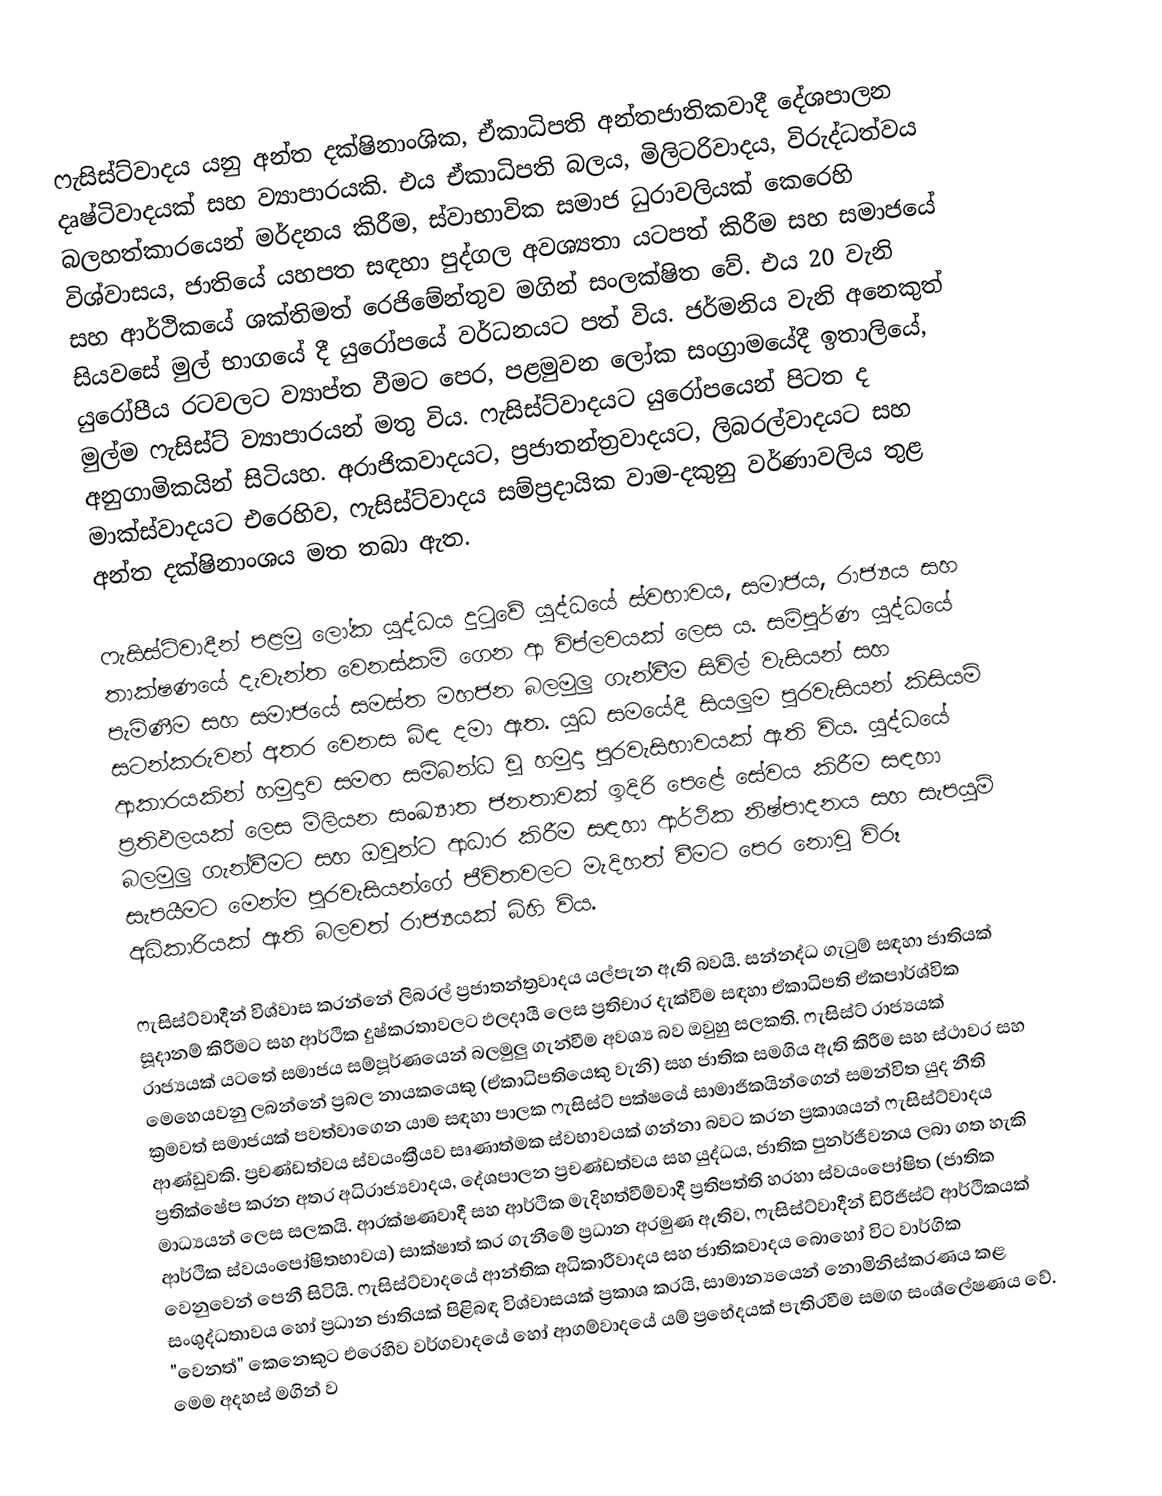
ෆැසිස්ට්වාදය යනු අන්ත දක්ෂිනාංශික, ඒකාධිපති අන්තජාතිකවාදී දේශපාලන දෘෂ්ටිවාදයක් සහ ව්‍යාපාරයකි. එය ඒකාධිපති බලය, මිලිටරිවාදය, විරුද්ධත්වය බලහත්කාරයෙන් මර්දනය කිරීම, ස්වාභාවික සමාජ ධුරාවලියක් කෙරෙහි විශ්වාසය, ජාතියේ යහපත සඳහා පුද්ගල අවශ්‍යතා යටපත් කිරීම සහ සමාජයේ සහ ආර්ථිකයේ ශක්තිමත් රෙජිමේන්තුව මගින් සංලක්ෂිත වේ. එය 20 වැනි සියවසේ මුල් භාගයේ දී  යුරෝපයේ වර්ධනයට පත් විය. ජර්මනිය වැනි අනෙකුත් යුරෝපීය රටවලට ව්‍යාප්ත වීමට පෙර, පළමුවන ලෝක සංග්‍රාමයේදී ඉතාලියේ, මුල්ම ෆැසිස්ට් ව්‍යාපාරයන් මතු විය. ෆැසිස්ට්වාදයට යුරෝපයෙන් පිටත ද අනුගාමිකයින් සිටියහ. අරාජිකවාදයට, ප්‍රජාතන්ත්‍රවාදයට, ලිබරල්වාදයට සහ මාක්ස්වාදයට එරෙහිව, ෆැසිස්ට්වාදය සම්ප්‍රදායික වාම-දකුනු වර්ණාවලිය තුළ අන්ත දක්ෂිනාංශය මත තබා ඇත.

ෆැසිස්ට්වාදීන් පළමු ලෝක යුද්ධය දුටුවේ යුද්ධයේ ස්වභාවය, සමාජය, රාජ්‍යය සහ තාක්ෂණයේ දැවැන්ත වෙනස්කම් ගෙන ආ විප්ලවයක් ලෙස ය. සම්පූර්ණ යුද්ධයේ පැමිණීම සහ සමාජයේ සමස්ත මහජන බලමුලු ගැන්වීම සිවිල් වැසියන් සහ සටන්කරුවන් අතර වෙනස බිඳ දමා ඇත. යුධ සමයේදී සියලුම පුරවැසියන් කිසියම් ආකාරයකින් හමුදාව සමඟ සම්බන්ධ වූ හමුදා පුරවැසිභාවයක් ඇති විය. යුද්ධයේ ප්‍රතිඵලයක් ලෙස මිලියන සංඛ්‍යාත ජනතාවක් ඉදිරි පෙළේ සේවය කිරීම සඳහා බලමුලු ගැන්වීමට සහ ඔවුන්ට ආධාර කිරීම සඳහා ආර්ථික නිෂ්පාදනය සහ සැපයුම් සැපයීමට මෙන්ම පුරවැසියන්ගේ ජීවිතවලට මැදිහත් වීමට පෙර නොවූ විරූ අධිකාරියක් ඇති බලවත් රාජ්‍යයක් බිහි විය.

ෆැසිස්ට්වාදීන් විශ්වාස කරන්නේ ලිබරල් ප්‍රජාතන්ත්‍රවාදය යල්පැන ඇති බවයි. සන්නද්ධ ගැටුම් සඳහා ජාතියක් සූදානම් කිරීමට සහ ආර්ථික දුෂ්කරතාවලට ඵලදායී ලෙස ප්‍රතිචාර දැක්වීම සඳහා ඒකාධිපති ඒකපාර්ශ්වික රාජ්‍යයක් යටතේ සමාජය සම්පූර්ණයෙන් බලමුලු ගැන්වීම අවශ්‍ය බව ඔවුහු සලකති. ෆැසිස්ට් රාජ්‍යයක් මෙහෙයවනු ලබන්නේ ප්‍රබල නායකයෙකු (ඒකාධිපතියෙකු වැනි) සහ ජාතික සමගිය ඇති කිරීම සහ ස්ථාවර සහ ක්‍රමවත් සමාජයක් පවත්වාගෙන යාම සඳහා පාලක ෆැසිස්ට් පක්ෂයේ සාමාජිකයින්ගෙන් සමන්විත යුද නීති ආණ්ඩුවකි. ප්‍රචණ්ඩත්වය ස්වයංක්‍රීයව සෘණාත්මක ස්වභාවයක් ගන්නා බවට කරන ප්‍රකාශයන් ෆැසිස්ට්වාදය ප්‍රතික්ෂේප කරන අතර අධිරාජ්‍යවාදය, දේශපාලන ප්‍රචණ්ඩත්වය සහ යුද්ධය, ජාතික පුනර්ජීවනය ලබා ගත හැකි මාධ්‍යයන් ලෙස සලකයි. ආරක්ෂණවාදී සහ ආර්ථික මැදිහත්වීම්වාදී ප්‍රතිපත්ති හරහා ස්වයංපෝෂිත (ජාතික ආර්ථික ස්වයංපෝෂිතභාවය) සාක්ෂාත් කර ගැනීමේ ප්‍රධාන අරමුණ ඇතිව, ෆැසිස්ට්වාදීන් ඩිරිජිස්ට්  ආර්ථිකයක් වෙනුවෙන් පෙනී සිටියි. ෆැසිස්ට්වාදයේ ආන්තික අධිකාරීවාදය සහ ජාතිකවාදය බොහෝ විට වාර්ගික සංශුද්ධතාවය හෝ ප්‍රධාන ජාතියක් පිළිබඳ විශ්වාසයක් ප්‍රකාශ කරයි, සාමාන්‍යයෙන් නොමිනිස්කරණය කළ "වෙනත්" කෙනෙකුට එරෙහිව වර්ගවාදයේ හෝ ආගම්වාදයේ යම් ප්‍රභේදයක් පැතිරවීම සමඟ සංශ්ලේෂණය වේ. මෙම අදහස් මගින් ව